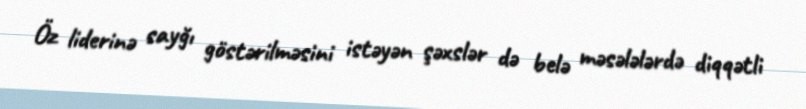
Öz liderinə sayğı göstərilməsini istəyən şəxslər də belə məsələlərdə diqqətli